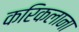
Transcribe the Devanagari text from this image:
करिकलाना